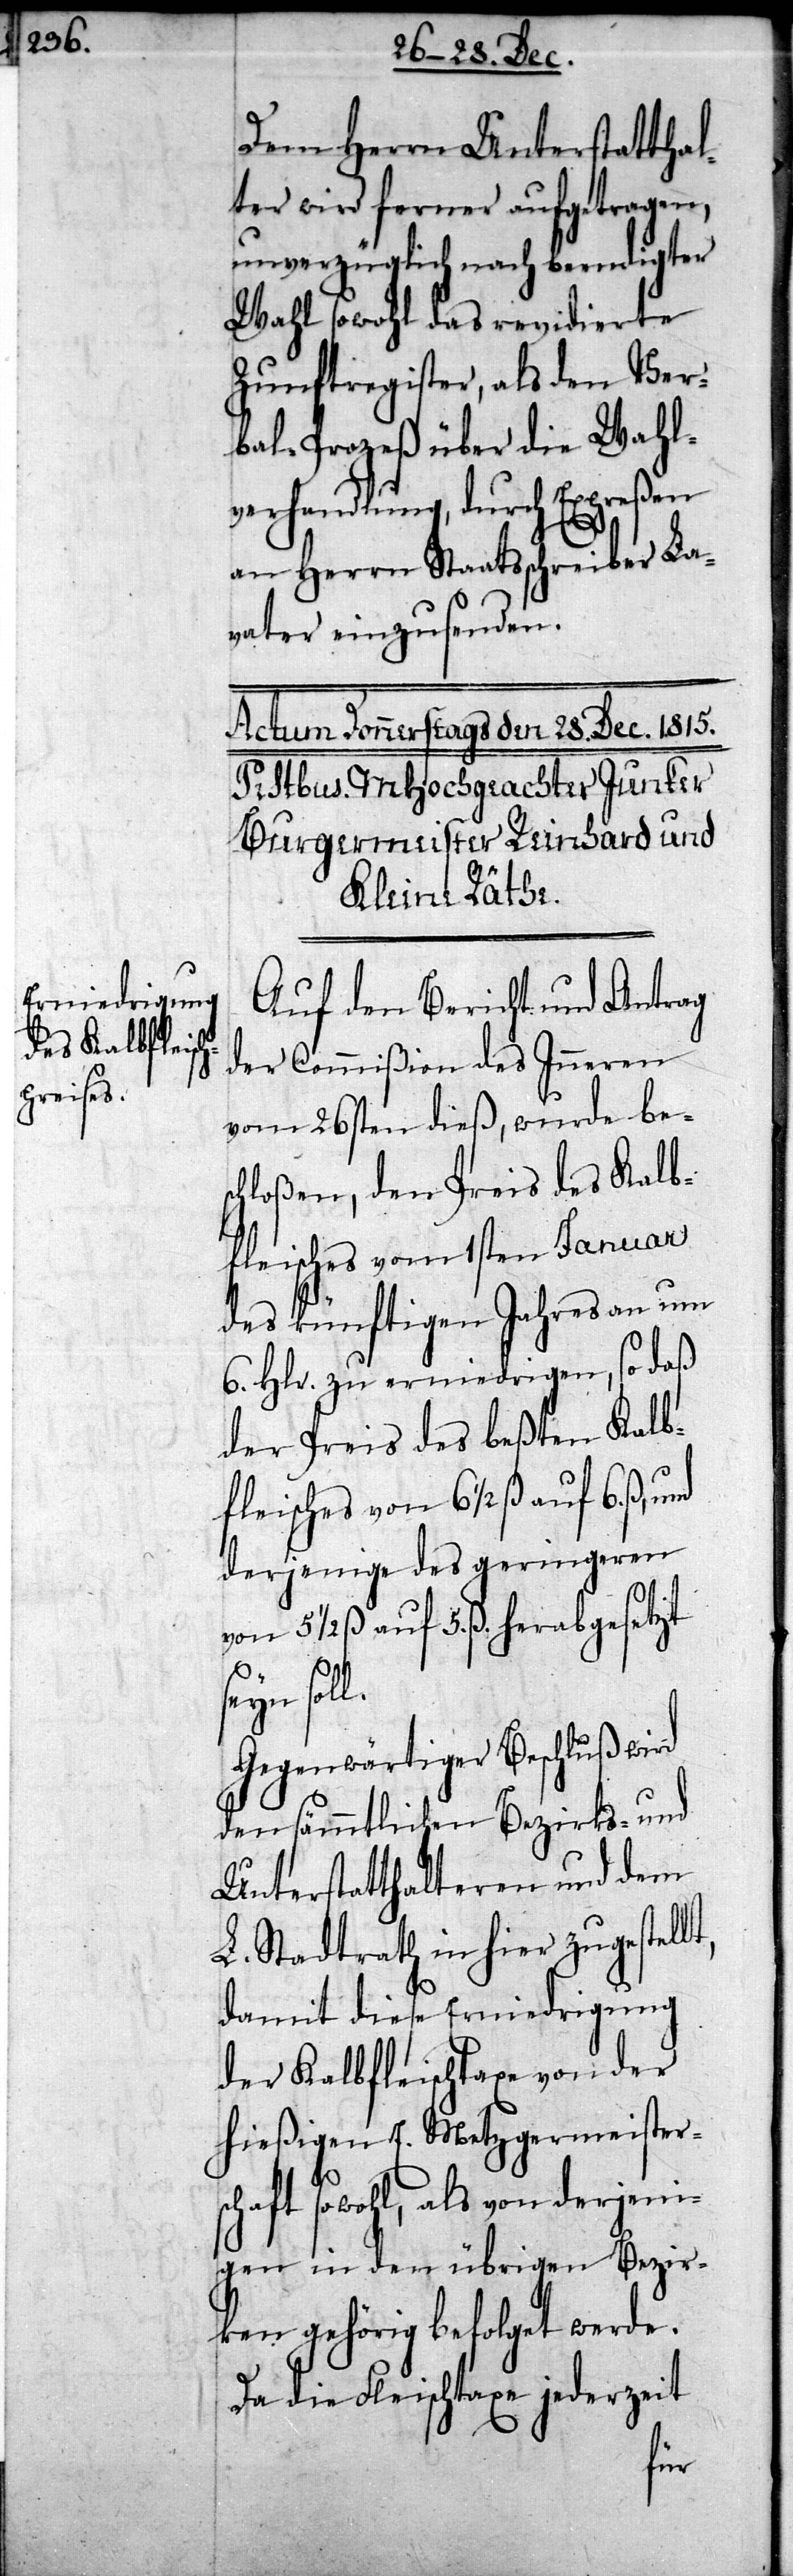
t,

Dem Herrn Unterstatthal¬
ter wird ferner aufgetragen,
unverzüglich nach beendigter
Wahl sowohl das revidierte
Zunftregister, als den Ver¬
bal-Proceß über die Wahl¬
verhandlung, durch Expreßen
an Herrn Staatsschreiber La¬
vater einzusenden.
Auf den Bericht und Antrag
der Commißion des Inneren
vom 26sten dieß, wurde bes¬
chloßen, den Preis des Kalb¬
fleisches vom 1sten Januar
des künftigen Jahres an um
6. Hlr. zu erniedrigen, so daß
der Preis des beßten Kalb¬
fleisches von 6 ½ ß auf 6. ß,
derjenige des geringeren
von 5 ½ ß auf 5. ß. herabgesetzt
seyn sol¬
Gegenwärtiger Beschluß wird
den sämmtlichen Bezirks- und
Unterstatthalteren und dem
L. Stadtrath in hier zugestell¬
damit diese Erniedrigung
der Kalbfleischtaxe von der
hießigen E. Metzgermeisters¬
chaft sowohl, als von derjeni¬
gen in den übrigen Bezir¬
ken gehörig befolget werde.
Da die Fleischtaxe jederzeit